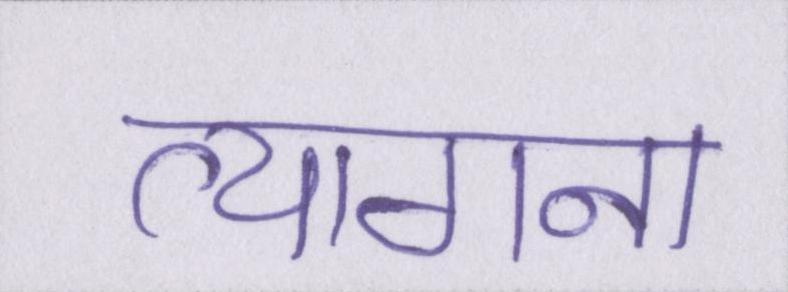
त्यागना